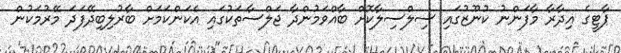
ޕާޓީގެ އިދާރާ މާފަންނު ކުނޫޒުގައި ސިލްސިލާކޮށް ބާއްވަމުންދާ ޖަލްސާތަކުގައި އެކަންކަމަށް ބާރުލިބިދޭފަދަ މޭރުމަކުން